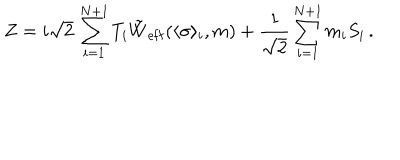
Z = i \sqrt { 2 } \, \sum _ { i = 1 } ^ { N + 1 } T _ { i } \tilde { W } _ { \mathrm { e f f } } ( \langle \sigma \rangle _ { i } , m ) + { \frac { 1 } { \sqrt { 2 } } } \sum _ { i = 1 } ^ { N + 1 } m _ { i } S _ { i } \, .